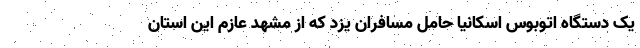
یک دستگاه اتوبوس اسکانیا حامل مسافران یزد که از مشهد عازم این استان